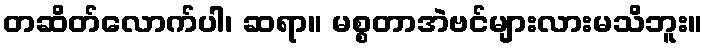
တဆိတ်လောက်ပါ၊ ဆရာ။ မစ္စတာအဲဗင်များလားမသိဘူး။